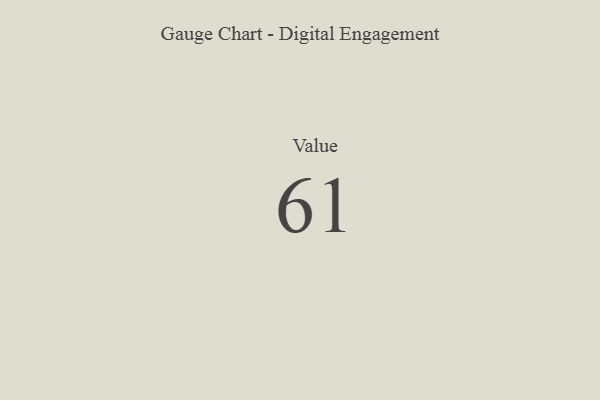
{"axis": {"x": "Metric", "y": "Value"}, "legend": [""], "data": [{"x": "Value", "y": 61, "type": ""}]}